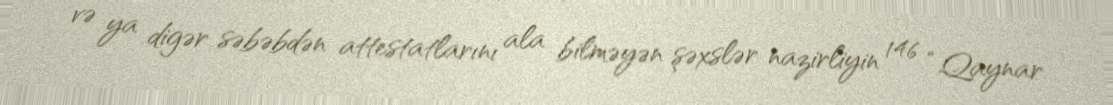
və ya digər səbəbdən attestatlarını ala bilməyən şəxslər nazirliyin 146 “Qaynar